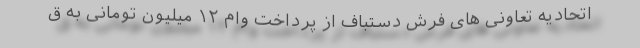
اتحادیه تعاونی های فرش دستباف از پرداخت وام ۱۲ میلیون تومانی به ق